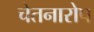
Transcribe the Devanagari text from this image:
चेतनारोप